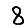
Digit: 8